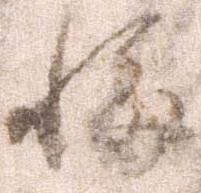
悔